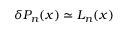
\delta P _ { n } ( x ) \simeq { \cal L } _ { n } ( x )